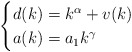
\begin{align*} \begin{cases} d(k)=k^{\alpha}+v(k)&\\ a(k)=a_1k^{\gamma}& \end{cases} \end{align*}